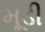
મૂડી